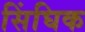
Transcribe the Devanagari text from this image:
सिंघिक